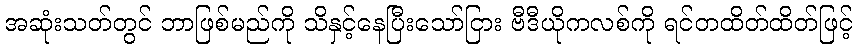
အဆုံးသတ်တွင် ဘာဖြစ်မည်ကို သိနှင့်နေပြီးသော်ငြား ဗီဒီယိုကလစ်ကို ရင်တထိတ်ထိတ်ဖြင့်